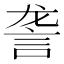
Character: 詟